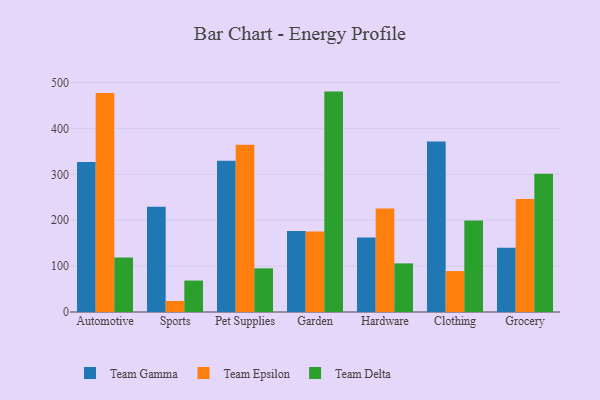
{"axis": {"x": "Category", "y": "Humidity (%)"}, "legend": ["Team Delta", "Team Epsilon", "Team Gamma"], "data": [{"x": "Automotive", "y": 326.9, "type": "Team Gamma"}, {"x": "Automotive", "y": 476.9, "type": "Team Epsilon"}, {"x": "Automotive", "y": 118.9, "type": "Team Delta"}, {"x": "Sports", "y": 229.5, "type": "Team Gamma"}, {"x": "Sports", "y": 24.0, "type": "Team Epsilon"}, {"x": "Sports", "y": 68.5, "type": "Team Delta"}, {"x": "Pet Supplies", "y": 329.7, "type": "Team Gamma"}, {"x": "Pet Supplies", "y": 364.4, "type": "Team Epsilon"}, {"x": "Pet Supplies", "y": 95.1, "type": "Team Delta"}, {"x": "Garden", "y": 176.5, "type": "Team Gamma"}, {"x": "Garden", "y": 175.5, "type": "Team Epsilon"}, {"x": "Garden", "y": 480.2, "type": "Team Delta"}, {"x": "Hardware", "y": 162.1, "type": "Team Gamma"}, {"x": "Hardware", "y": 225.3, "type": "Team Epsilon"}, {"x": "Hardware", "y": 105.9, "type": "Team Delta"}, {"x": "Clothing", "y": 371.3, "type": "Team Gamma"}, {"x": "Clothing", "y": 89.2, "type": "Team Epsilon"}, {"x": "Clothing", "y": 199.2, "type": "Team Delta"}, {"x": "Grocery", "y": 140.0, "type": "Team Gamma"}, {"x": "Grocery", "y": 246.3, "type": "Team Epsilon"}, {"x": "Grocery", "y": 301.3, "type": "Team Delta"}]}